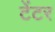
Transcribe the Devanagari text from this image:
टेंटर